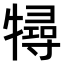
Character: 𤛧